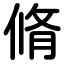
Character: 脩